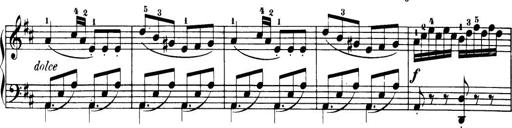
Title: 32 Sonatinas and Rondos for the Piano
Composer: Richard Kleinmichel